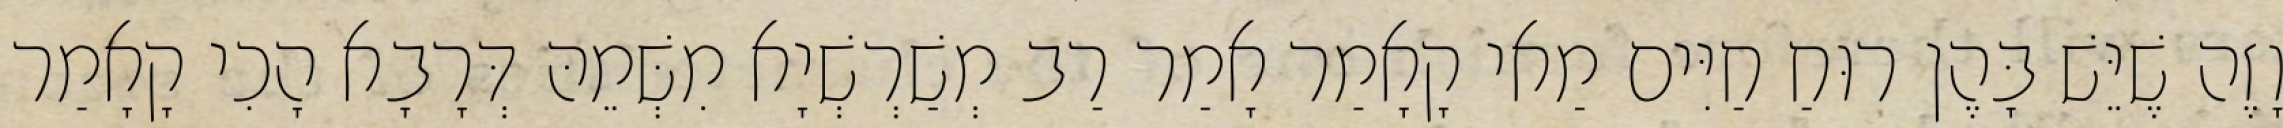
וָזֶה שֶׁיֵּשׁ בָּהֶן רוּחַ חַיִּים מַאי קָאָמַר אָמַר רַב מְשַׁרְשְׁיָא מִשְּׁמֵהּ דְּרָבָא הָכִי קָאָמַר